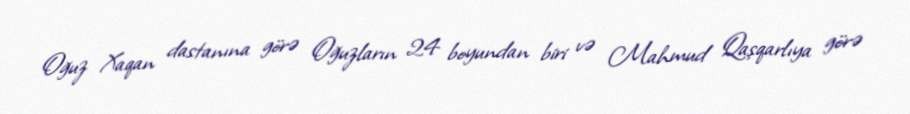
Oğuz Xaqan dastanına görə Oğuzların 24 boyundan biri və Mahmud Qaşqarlıya görə